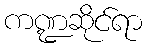
ကဏ္ဍဆိုင်ရာ